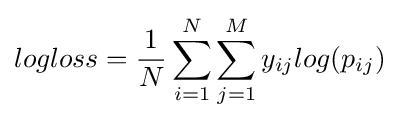
logloss={\frac {1}{N}}\sum _{i=1}^{N}\sum _{j=1}^{M}y_{ij}log(p_{ij})